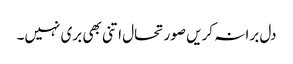
دل برا نہ کریں صورتحال اتنی بھی بری نہیں۔